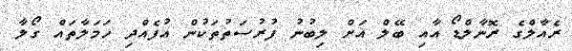
ރެއާލްގެ ރޮނާލްޑޯ އާއި ބޭލް އަށް ލިބުނު ފުރުސަތުތަކުން އުފެއްދި ހަމަލާތައް ގޯލާ